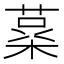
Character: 𮐪